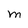
Character: M